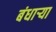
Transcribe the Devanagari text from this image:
बंधाऱ्या